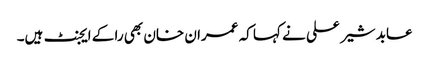
عابد شیر علی نے کہا کہ عمران خان بھی را کے ایجنٹ ہیں۔